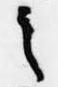
之